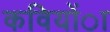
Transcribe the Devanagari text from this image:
कवियोंा